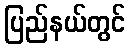
ပြည်နယ်တွင်